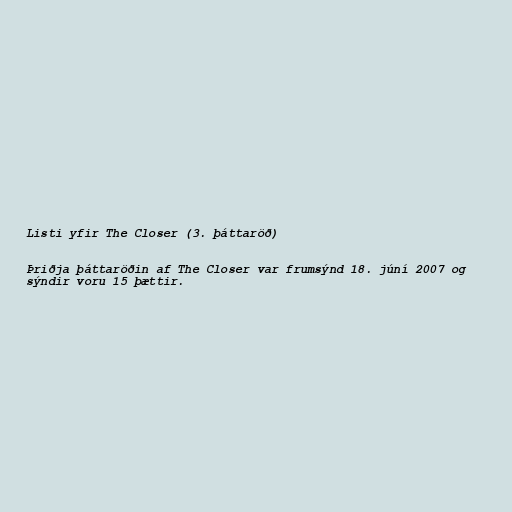
Listi yfir The Closer (3. þáttaröð)

Þriðja þáttaröðin af The Closer var frumsýnd 18. júní 2007 og
sýndir voru 15 þættir.